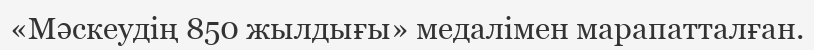
«Мәскеудің 850 жылдығы» медалімен марапатталған.